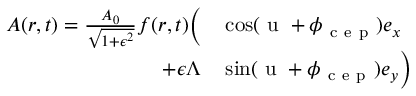
\begin{array} { r l } { \boldsymbol { A } ( \boldsymbol { r } , t ) = \frac { A _ { 0 } } { \sqrt { 1 + \epsilon ^ { 2 } } } f ( \boldsymbol { r } , t ) \biggl ( } & { { } \cos ( \mathrm { ~ u ~ } + \phi _ { \mathrm { ~ c ~ e ~ p ~ } } ) \boldsymbol { e } _ { x } } \\ { + \epsilon \Lambda } & { { } \sin ( \mathrm { ~ u ~ } + \phi _ { \mathrm { ~ c ~ e ~ p ~ } } ) \boldsymbol { e } _ { y } \biggr ) } \end{array}